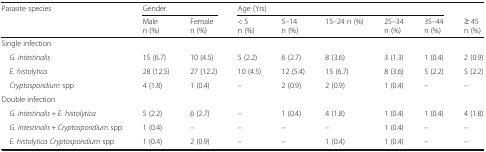
| <ROWSPAN=2> Parasite species | <COLSPAN=2> Gender | <COLSPAN=5> Age (Yrs) |  |
 | Malen (%) | Femalen (%) | < 5n (%) | 5–14n (%) | 15–24 n (%) | 25–34n (%) | 35–44n (%) | ≥ 45n (%) |
 | --- | --- | --- | --- | --- | --- | --- | --- | --- |
 | <COLSPAN=9> Single infection |
 | G. intestinalis | 15 (6.7) | 10 (4.5) | 5 (2.2) | 6 (2.7) | 8 (3.6) | 3 (1.3) | 1 (0.4) | 2 (0.9) |
 | E. histolytica | 28 (12.5) | 27 (12.2) | 10 (4.5) | 12 (5.4) | 15 (6.7) | 8 (3.6) | 5 (2.2) | 5 (2.2) |
 | Cryptosporidium spp | 4 (1.8) | 1 (0.4) | – | 2 (0.9) | 2 (0.9) | 1 (0.4) | – | – |
 | <COLSPAN=9> Double infection |
 | G. intestinalis + E. histolytica | 5 (2.2) | 6 (2.7) | – | 1 (0.4) | 4 (1.8) | 1 (0.4) | 1 (0.4) | 4 (1.8) |
 | G. intestinalis + Cryptosporidium spp | 1 (0.4) | – | – | – | – | 1 (0.4) | – | – |
 | E. histolytica Cryptosporidium spp | 1 (0.4) | 2 (0.9) | – | – | 1 (0.4) | 1 (0.4) | – | – |